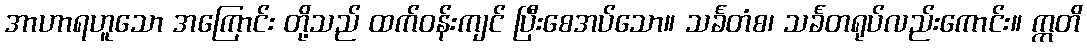
အာဟာရဟူသော အကြောင်း တို့သည် ထက်ဝန်းကျင် ပြီးစေအပ်သော။ သင်္ခတံစ၊ သင်္ခတရုပ်လည်းကောင်း။ ဣတိ